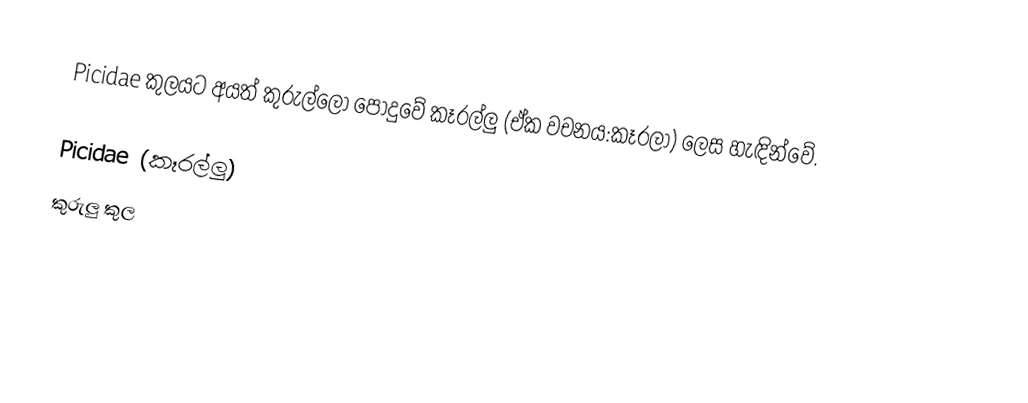
Picidae කුලයට අයත් කුරුල්ලෝ පොදුවේ කෑරල්ලු (ඒක වචනය:කෑරලා) ලෙස හැඳින්වේ.

Picidae (කෑරල්ලු)
කුරුලු කුල